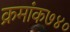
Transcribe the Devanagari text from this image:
क्रमांक७४०